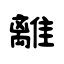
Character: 離